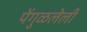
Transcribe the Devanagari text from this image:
पेंगुळलेली